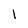
Character: l